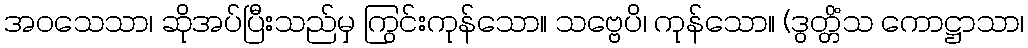
အဝသေသာ၊ ဆိုအပ်ပြီးသည်မှ ကြွင်းကုန်သော။ သဗ္ဗေပိ၊ ကုန်သော။ (ဒွတ္တိံသ ကောဋ္ဌာသာ၊